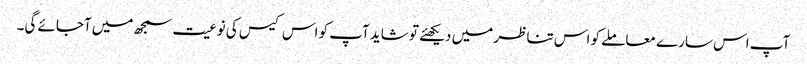
آپ اس سارے معاملے کو اس تناظر میں دیکھئے تو شاید آپ کو اس کیس کی نوعیت سمجھ میں آجائے گی۔